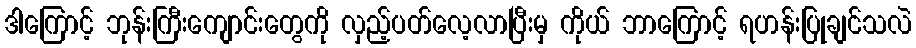
ဒါကြောင့် ဘုန်းကြီးကျောင်းတွေကို လှည့်ပတ်လေ့လာပြီးမှ ကိုယ် ဘာကြောင့် ရဟန်းပြုချင်သလဲ